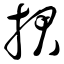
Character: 捃